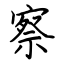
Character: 察